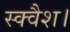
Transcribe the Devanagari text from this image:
स्क्वैश।